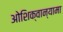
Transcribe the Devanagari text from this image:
ओशिक्वान्यामा